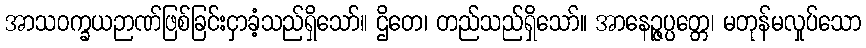
အာသဝက္ခယဉာဏ်ဖြစ်ခြင်းငှာခံ့သည်ရှိသော်။ ဌိတေ၊ တည်သည်ရှိသော်။ အာနေဉ္ဇပ္ပတ္တေ၊ မတုန်မလှုပ်သော